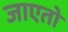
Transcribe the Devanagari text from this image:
जाएतो